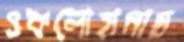
ওকলোহামায়